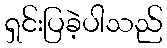
ရှင်းပြခဲ့ပါသည်